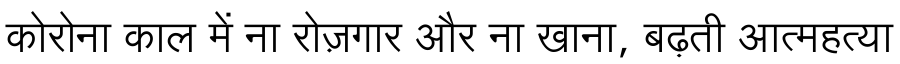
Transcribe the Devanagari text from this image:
कोरोना काल में ना रोज़गार और ना खाना, बढ़ती आत्महत्या